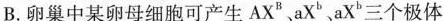
B. 卵巢中某卵母细胞可产生AX^{B} aX^{b}、aX^{b}三个极体